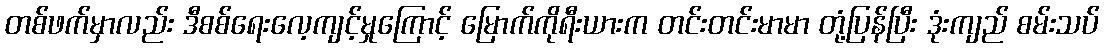
တစ်ဖက်မှာလည်း ဒီစစ်ရေးလေ့ကျင့်မှုကြောင့် မြောက်ကိုရီးယားက တင်းတင်းမာမာ တုံ့ပြန်ပြီး ဒုံးကျည် စမ်းသပ်